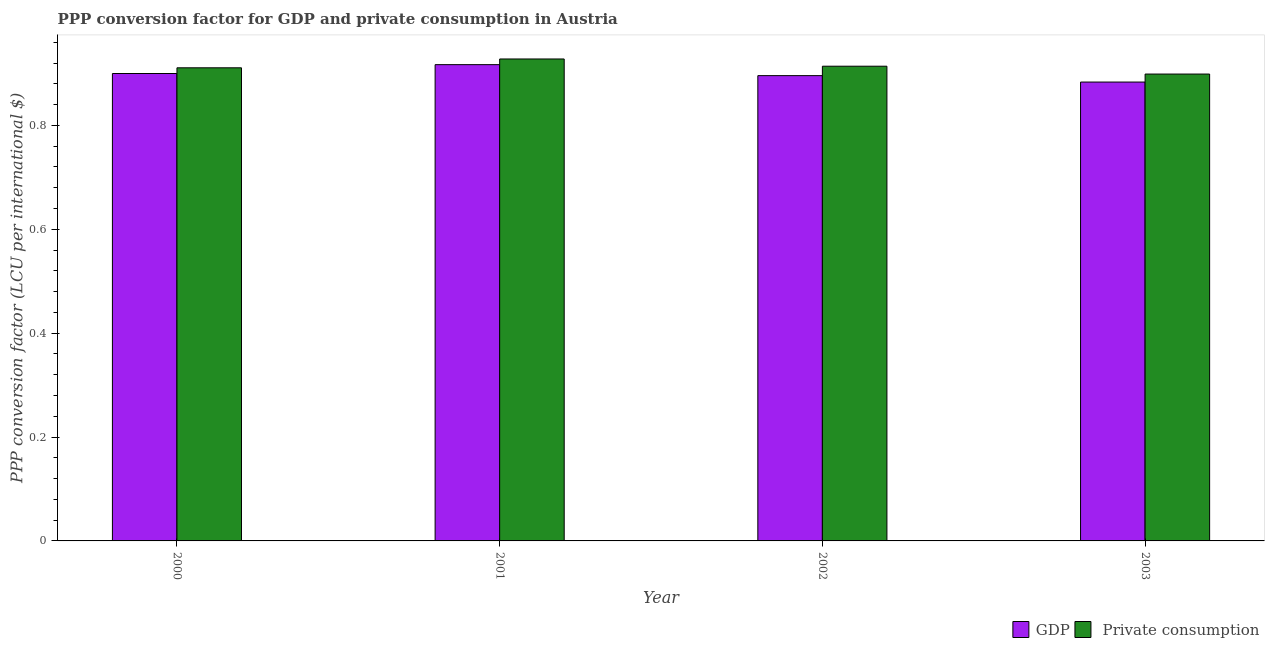
| Year | GDP |  Private consumption |
 | --- | --- | --- |
 | 2000 | 0.9 | 0.911 |
 | 2001 | 0.917 | 0.928 |
 | 2002 | 0.896 | 0.914 |
 | 2003 | 0.883 | 0.899 |